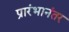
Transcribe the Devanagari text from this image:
प्रारंभानंतर